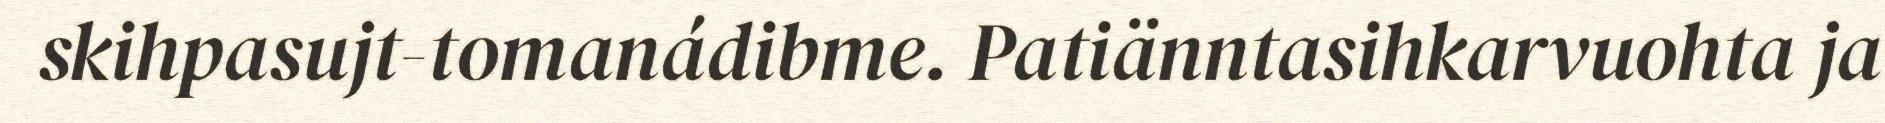
skihpasujt-tomanádibme. Patiänntasihkarvuohta ja